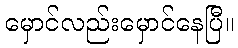
မှောင်လည်းမှောင်နေပြီ။